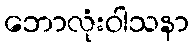
ဘောလုံးဝါသနာ